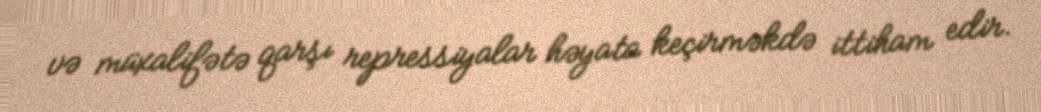
və müxalifətə qarşı repressiyalar həyata keçirməkdə ittiham edir.